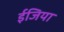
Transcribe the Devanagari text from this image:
ईजिया